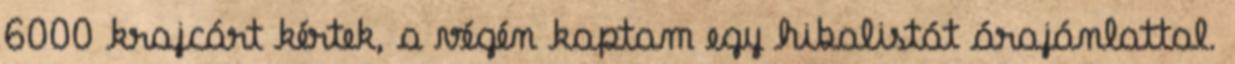
6000 krajcárt kértek, a végén kaptam egy hibalistát árajánlattal.